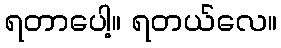
ရတာပေါ့။ ရတယ်လေ။